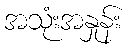
အသုံးအနှုန်း